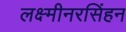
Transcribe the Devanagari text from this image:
लक्ष्मीनरसिंहन